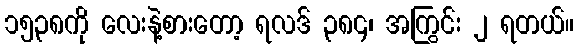
၁၅၃၈ကို လေးနဲ့စားတော့ ရလဒ် ၃၈၄၊ အကြွင်း ၂ ရတယ်။